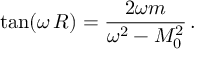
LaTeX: \tan ( \omega \, R ) = \frac { 2 \omega m } { \omega ^ { 2 } - M _ { 0 } ^ { 2 } } \, { . }